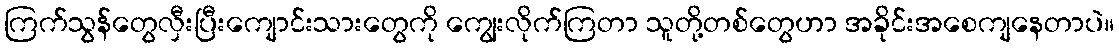
ကြက်သွန်တွေလှီးပြီးကျောင်းသားတွေကို ကျွေးလိုက်ကြတာ သူတို့တစ်တွေဟာ အခိုင်းအစေကျနေတာပဲ။